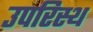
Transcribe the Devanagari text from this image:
उपरिस्थ